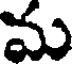
మ